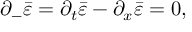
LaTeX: \partial _ { - } \bar { \varepsilon } = \partial _ { t } \bar { \varepsilon } - \partial _ { x } \bar { \varepsilon } = 0 ,